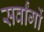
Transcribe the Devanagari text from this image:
सर्वांगों